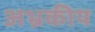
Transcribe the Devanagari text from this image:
अभ्रकीय